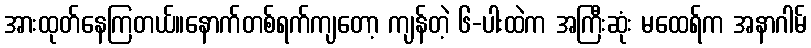
အားထုတ်နေကြတယ်။နောက်တစ်ရက်ကျတော့ ကျန်တဲ့ ၆-ပါးထဲက အကြီးဆုံး မထေရ်က အနာဂါမ်